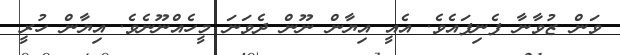
ވަން ޒުވާނާ ފެނިފައެވެ. އެއީ އިޔާން ނޫން ދެވަނަ މީހެއްނޫނެވެ. އިޔާން ހުރީ